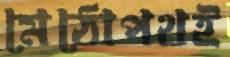
মেঠোপথই